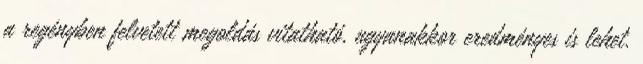
a regényben felvetett megoldás vitatható, ugyanakkor eredményes is lehet.